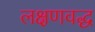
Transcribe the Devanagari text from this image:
लक्षणवद्ध